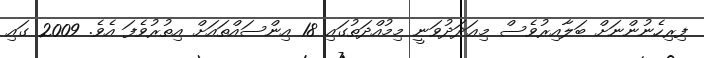
ފިރިހެނުންނަށް ބަލާއިރުވެސް މިޢަދަދުވަނީ މިމުއްދަތުގައި 18 އިންސައްތައަށް އިތުރުވެފަ އެވެ. 2009 ގައި